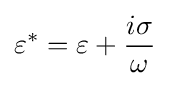
\varepsilon ^{*}=\varepsilon +{\frac {i\sigma }{\omega }}